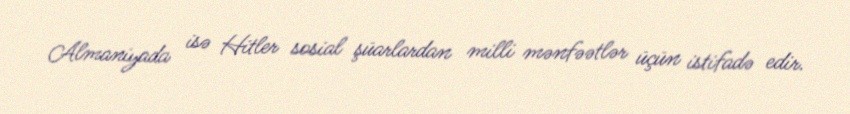
Almaniyada isə Hitler sosial şüarlardan milli mənfəətlər üçün istifadə edir.